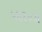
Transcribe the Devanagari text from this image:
५६१०अ